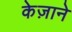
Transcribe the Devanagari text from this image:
केज़ाने